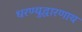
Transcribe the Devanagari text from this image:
धरण्युद्धारणाय